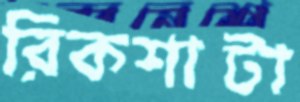
রিকশাটা